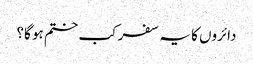
دائروں کا یہ سفر کب ختم ہو گا؟